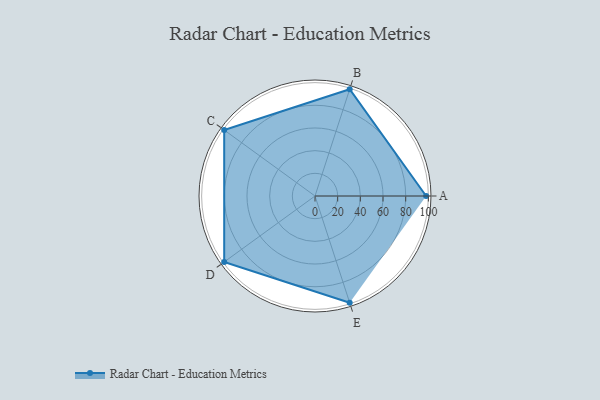
{"axis": {"x": "Skill", "y": "Score"}, "legend": ["Profile"], "data": [{"x": "A", "y": 98.0, "type": "Profile"}, {"x": "B", "y": 99, "type": "Profile"}, {"x": "C", "y": 99, "type": "Profile"}, {"x": "D", "y": 99, "type": "Profile"}, {"x": "E", "y": 99, "type": "Profile"}]}